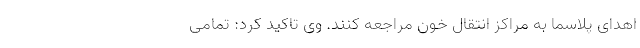
اهدای پلاسما به مراکز انتقال خون مراجعه کنند. وی تاکید کرد: تمامی